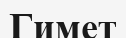
Гимет